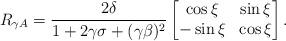
LaTeX: \begin{align*}R_{\gamma A} &=\frac{2\delta}{1+2\gamma \sigma+(\gamma \beta)^2}\begin{bmatrix} \cos{\xi} & \sin{\xi}\\-\sin{\xi}& \cos{\xi}\end{bmatrix}.\end{align*}